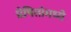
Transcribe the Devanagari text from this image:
प्रेषितांमध्ये